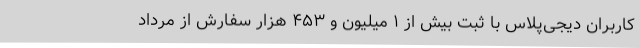
کاربران دیجی‌پلاس با ثبت بیش از ۱ میلیون و ۴۵۳ هزار سفارش از مرداد